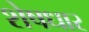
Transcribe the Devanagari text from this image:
शेषधार